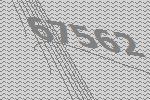
67562